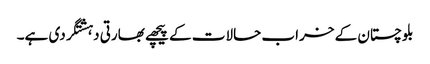
بلوچستان کے خراب حالات کے پیچھے بھارتی دہشتگردی ہے۔